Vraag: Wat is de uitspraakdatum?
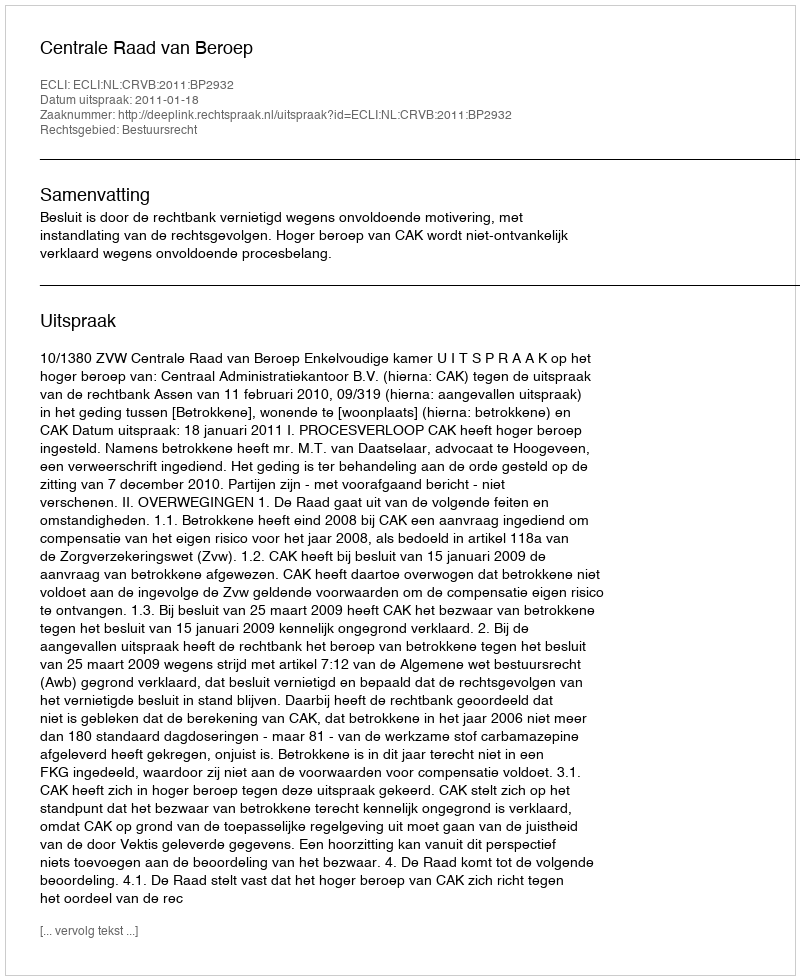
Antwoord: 2011-01-18